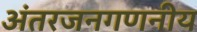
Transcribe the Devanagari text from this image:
अंतरजनगणनीय